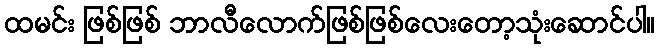
ထမင်း ဖြစ်ဖြစ် ဘာလီလောက်ဖြစ်ဖြစ်လေးတော့သုံးဆောင်ပါ။